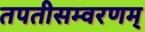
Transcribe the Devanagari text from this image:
तपतीसम्वरणम्